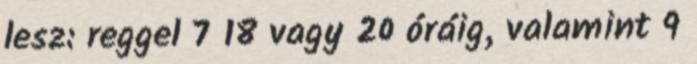
lesz: reggel 7 18 vagy 20 óráig, valamint 9